Insane asylums in Bengal annual reports 1876-1887 - 1876-1887
Year: 1876
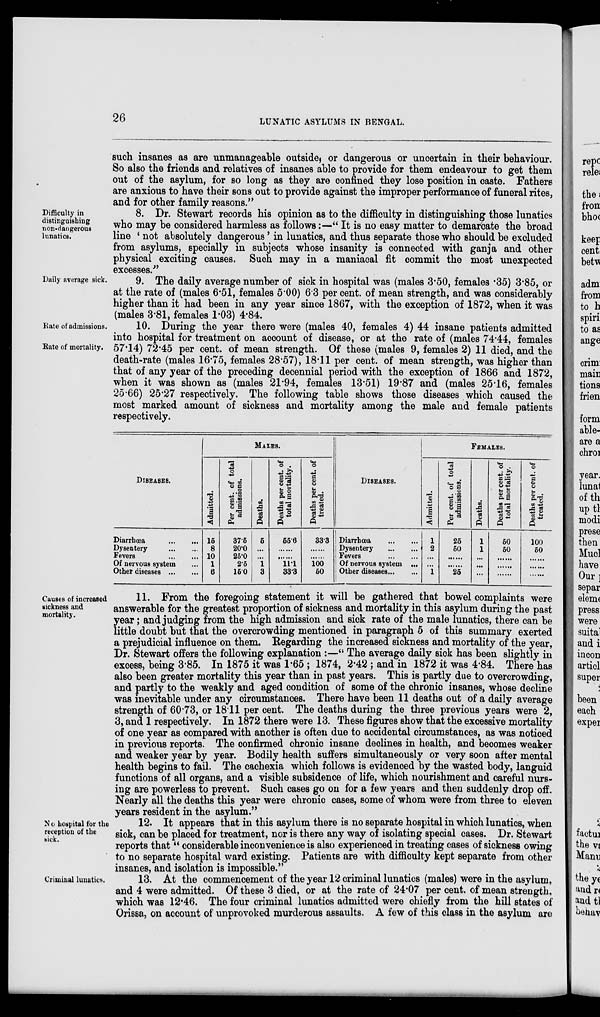
26
LUNATIC ASYLUMS IN BENGAL.
such insanes as are unmanageable outside, or dangerous or uncertain in their behaviour.
So also the friends and relatives of insanes able to provide for them endeavour to get them
out of the asylum, for so long as they are confined they lose position in caste. Fathers
are anxious to have their sons out to provide against the improper performance of funeral rites,
and for other family reasons.”
Difficulty in
distinguishing
non-dangerous
lunatics.
8. Dr. Stewart records his opinion as to the difficulty in distinguishing those lunatics
who may be considered harmless as follows:—“It is no easy matter to demarcate the broad
line ‘ not absolutely dangerous’ in lunatics, and thus separate those who should be excluded
from asylums, specially in subjects whose insanity is connected with ganja and other
physical exciting causes. Such may in a maniacal fit commit the most unexpected
excesses.”
Daily average sick.
9. The daily average number of sick in hospital was (males 3.50, females .35) 3.85, or
at the rate of (males 6.51, females 5.00) 6.3 per cent. of mean strength, and was considerably
higher than it had been in any year since 1867, with the exception of 1872, when it was
(males 3.81, females 1.03) 4.84.
Rate of admissions.
Rate of mortality.
10. During the year there were (males 40, females 4) 44 insane patients admitted
into hospital for treatment on account of disease, or at the rate of (males 74.44, females
57.14) 72.45 per cent. of mean strength. Of these (males 9, females 2) 11 died, and the
death-rate (males 16.75, females 28.57), 18.11 per cent. of mean strength, was higher than
that of any year of the preceding decennial period with the exception of 1866 and 1872,
when it was shown as (males 21.94, females 13.51) 19.87 and (males 25.16, females
25.66) 25.27 respectively. The following table shows those diseases which caused the
most marked amount of sickness and mortality among the male and female patients
respectively.
DISEASES.
Diarrhœa
...
...
Dysentery
...
...
Fevers
...
....
Of nervous system ...
Other diseases
...
...
MALES.
Admitted.
15
8
10
1
6
Per cent. of total
admissions.
37.5
20.0
25.0
2.5
15.0
Deaths.
5
...
...
1
3
Deaths per cent. of
total mortality.
55.6
......
......
11.1
33.3
Deaths per cent. of
treated.
33.3
......
......
100
50
DISEASES.
Diarrhœa
...
...
Dysentery
...
...
Fevers
...
...
Of nervous system ...
Other diseases ... ...
FEMALES.
Admitted.
1
2
...
...
1
Per cent. of total
admissions.
25
50
......
.
25
Deaths.
1
1
...
...
...
Deaths per cent. of
total mortality.
50
50
......
.
......
Deaths per cent. of
treated.
100
50
......
......
......
Causes of increased
sickness and
mortality.
11. From the foregoing statement it will be gathered that bowel complaints were
answerable for the greatest proportion of sickness and mortality in this asylum during the past
year; and judging from the high admission and sick rate of the male lunatics, there can be
little doubt but that the overcrowding mentioned in paragraph 5 of this summary exerted
a prejudicial influence on them. Regarding the increased sickness and mortality of the year,
Dr. Stewart offers the following explanation :—“ The average daily sick has been slightly in
excess, being 3.85. In 1875 it was 1.65 ; 1874, 2.42 ; and in 1872 it was 4.84. There has
also been greater mortality this year than in past years. This is partly due to overcrowding,
and partly to the weakly and aged condition of some of the chronic insanes, whose decline
was inevitable under any circumstances. There have been 11 deaths out of a daily average
strength of 60.73, or 18.11 per cent. The deaths during the three previous years were 2,
3, and 1 respectively. In 1872 there were 13. These figures show that the excessive mortality
of one year as compared with another is often due to accidental circumstances, as was noticed
in previous reports. The confirmed chronic insane declines in health, and becomes weaker
and weaker year by year. Bodily health suffers simultaneously or very soon after mental
health begins to fail. The cachexia which follows is evidenced by the wasted body, languid
functions of all organs, and a visible subsidence of life, which nourishment and careful nurs-
ing are powerless to prevent. Such cases go on for a few years and then suddenly drop off.
Nearly all the deaths this year were chronic cases, some of whom were from three to eleven
years resident in the asylum.”
No hospital for the
reception of the
sick.
12. It appears that in this asylum there is no separate hospital in which lunatics, when
sick, can be placed for treatment, nor is there any way of isolating special cases. Dr. Stewart
reports that “ considerable inconvenience is also experienced in treating cases of sickness owing
to no separate hospital ward existing. Patients are with difficulty kept separate from other
insanes, and isolation is impossible.”
Criminal lunatics.
13. At the commencement of the year 12 criminal lunatics (males) were in the asylum,
and 4 were admitted. Of these 3 died, or at the rate of 24.07 per cent. of mean strength,
which was 12.46. The four criminal lunatics admitted were chiefly from the hill states of
Orissa, on account of unprovoked murderous assaults. A few of this class in the asylum are